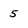
Character: 5